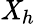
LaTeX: \mathit{X}_{h}